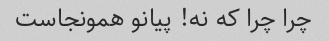
چرا چرا که نه! پیانو همونجاست